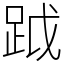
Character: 䟠